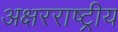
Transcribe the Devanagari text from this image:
अक्षरराष्ट्रीय